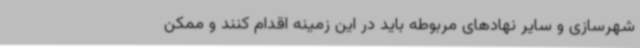
شهرسازی و سایر نهادهای مربوطه باید در این زمینه اقدام کنند و ممکن